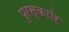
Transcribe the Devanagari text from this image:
पुरस्काॉर